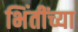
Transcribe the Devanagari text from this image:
भिंतींच्या